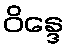
ဝိန္ဒေ